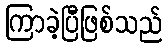
ကြာခဲ့ပြီဖြစ်သည်